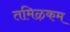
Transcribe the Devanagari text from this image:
तमिऴकम